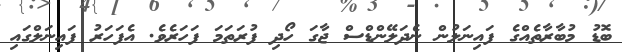
ބޮޑު މުބާރާތެއްގެ ފައިނަލުން ނެދަލޭންޑްސް ޖާގަ ހޯދި ފުރަތަމަ ފަހަރެވެ. އެފަހަރު ފައިނަލްގައި